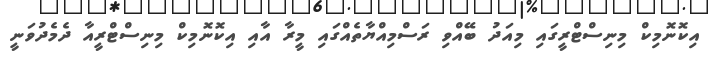
އިކޮނޮމިކް މިނިސްޓްރީގައި މިއަދު ބޭއްވި ރަސްމިއްޔާތެއްގައި މީރާ އާއި އިކޮނޮމިކް މިނިސްޓްރީއާ ދެމެދުވަނީ